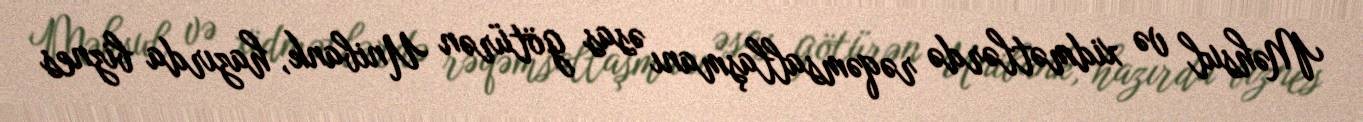
Məhsul və xidmətlərdə rəqəmsallaşmanı əsas götürən Unibank, hazırda biznes